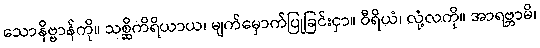
သောနိဗ္ဗာန်ကို။ သစ္ဆိကိရိယာယ၊ မျက်မှောက်ပြုခြင်းငှာ။ ဝီရိယံ၊ လုံ့လကို။ အာရဗ္ဘာမိ၊